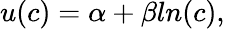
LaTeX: u(c)=\alpha+\beta ln(c),